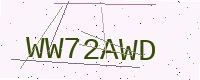
Text: WW72AWD